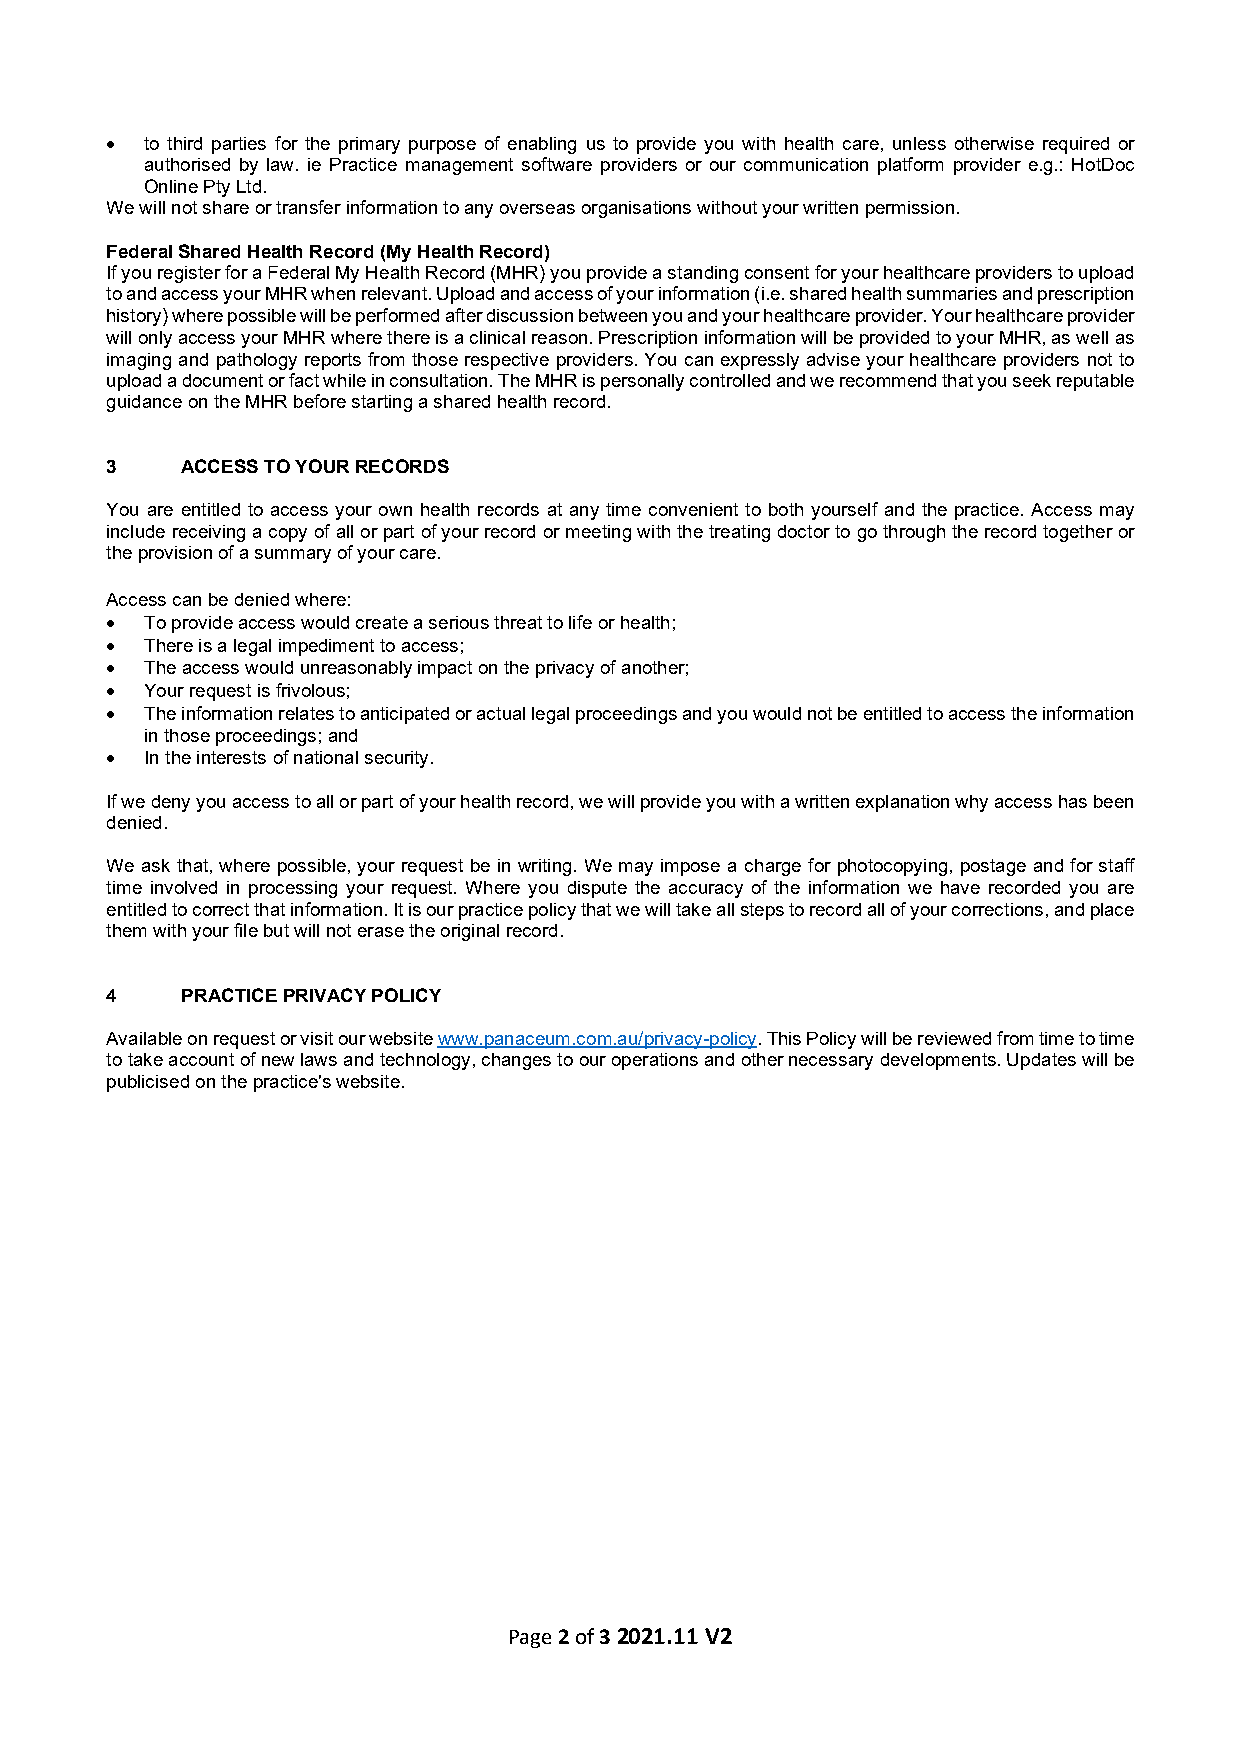
•  to third parties for the primary purpose of enabling us to provide you with health care, unless otherwise required or
 authorised by law. ie Practice management software providers or our communication platform provider e.g.: HotDoc
 Online Pty Ltd.
 We will not share or transfer information to any overseas organisations without your written permission.
 Federal Shared Health Record (My Health Record)
 If you register for a Federal My Health Record (MHR) you provide a standing consent for your healthcare providers to upload
 to and access your MHR when relevant. Upload and access of your information (i.e. shared health summaries and prescription
 history) where possible will be performed after discussion between you and your healthcare provider. Your healthcare provider
 will only access your MHR where there is a clinical reason. Prescription information will be provided to your MHR, as well as
 imaging and pathology reports from those respective providers. You can expressly advise your healthcare providers not to
 upload a document or fact while in consultation. The MHR is personally controlled and we recommend that you seek reputable
 guidance on the MHR before starting a shared health record.
 3    ACCESS TO YOUR RECORDS
 You are entitled to access your own health records at any time convenient to both yourself and the practice. Access may
 include receiving a copy of all or part of your record or meeting with the treating doctor to go through the record together or
 the provision of a summary of your care.
 Access can be denied where:
 •  To provide access would create a serious threat to life or health;
 •  There is a legal impediment to access;
 •  The access would unreasonably impact on the privacy of another;
 •  Your request is frivolous;
 •  The information relates to anticipated or actual legal proceedings and you would not be entitled to access the information
 in those proceedings; and
 •  In the interests of national security.
 If we deny you access to all or part of your health record, we will provide you with a written explanation why access has been
 denied.
 We ask that, where possible, your request be in writing. We may impose a charge for photocopying, postage and for staff
 time involved in processing your request. Where you dispute the accuracy of the information we have recorded you are
 entitled to correct that information. It is our practice policy that we will take all steps to record all of your corrections, and place
 them with your file but will not erase the original record.
 4    PRACTICE PRIVACY POLICY
 Available on request or visit our website www.panaceum.com.au/privacy-policy. This Policy will be reviewed from time to time
 to take account of new laws and technology, changes to our operations and other necessary developments. Updates will be
 publicised on the practice's website.
 Page 2 of 3 2021.11 V2